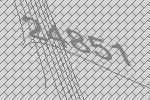
24851